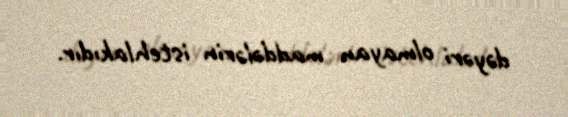
dəyəri olmayan maddələrin istehlakıdır.